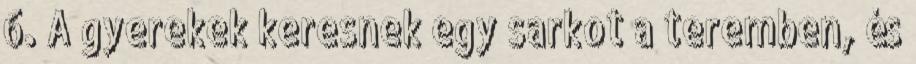
6. A gyerekek keresnek egy sarkot a teremben, és